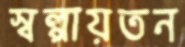
স্বল্পায়তন